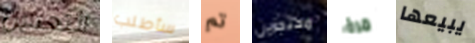
التعدين سأطلب تم محتجزين مرة يبيعها